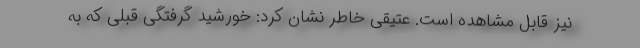
نیز قابل مشاهده است. عتیقی خاطر نشان کرد: خورشید گرفتگی قبلی که به